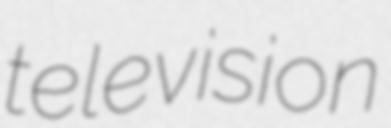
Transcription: television